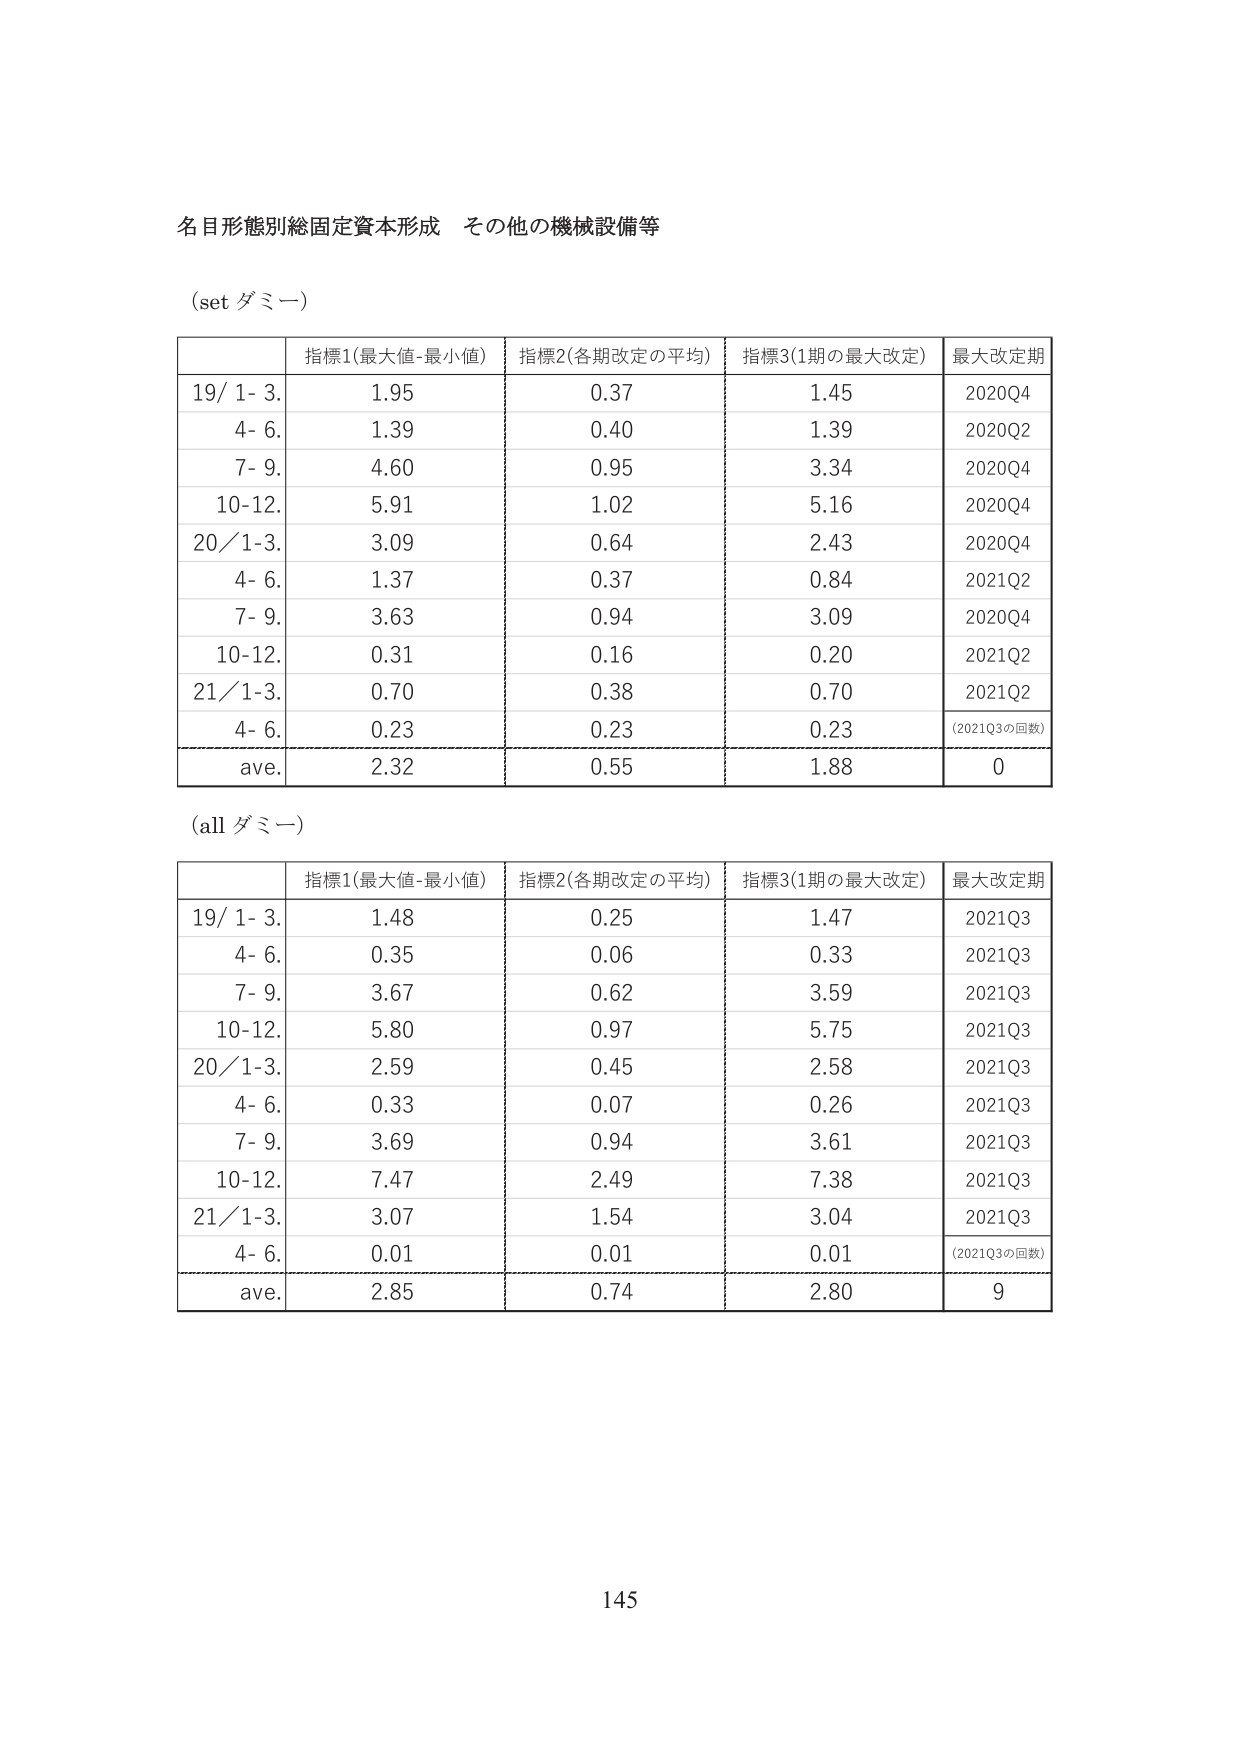
名目形態別総固定資本形成 その他の機械設備等

(set ダミー)

| | 指標1(最大値-最小値) | 指標2(各期改定の平均) | 指標3(1期の最大改定) | 最大改定期 |
|---|---|---|---|---|
| 19/ 1- 3. | 1.95 | 0.37 | 1.45 | 2020Q4 |
| 4- 6. | 1.39 | 0.40 | 1.39 | 2020Q2 |
| 7- 9. | 4.60 | 0.95 | 3.34 | 2020Q4 |
| 10-12. | 5.91 | 1.02 | 5.16 | 2020Q4 |
| 20/ 1-3. | 3.09 | 0.64 | 2.43 | 2020Q4 |
| 4- 6. | 1.37 | 0.37 | 0.84 | 2021Q2 |
| 7- 9. | 3.63 | 0.94 | 3.09 | 2020Q4 |
| 10-12. | 0.31 | 0.16 | 0.20 | 2021Q2 |
| 21/ 1-3. | 0.70 | 0.38 | 0.70 | 2021Q2 |
| 4- 6. | 0.23 | 0.23 | 0.23 | (2021Q3の回数) |
| ave. | 2.32 | 0.55 | 1.88 | 0 |

(all ダミー)

| | 指標1(最大値-最小値) | 指標2(各期改定の平均) | 指標3(1期の最大改定) | 最大改定期 |
|---|---|---|---|---|
| 19/ 1- 3. | 1.48 | 0.25 | 1.47 | 2021Q3 |
| 4- 6. | 0.35 | 0.06 | 0.33 | 2021Q3 |
| 7- 9. | 3.67 | 0.62 | 3.59 | 2021Q3 |
| 10-12. | 5.80 | 0.97 | 5.75 | 2021Q3 |
| 20/ 1-3. | 2.59 | 0.45 | 2.58 | 2021Q3 |
| 4- 6. | 0.33 | 0.07 | 0.26 | 2021Q3 |
| 7- 9. | 3.69 | 0.94 | 3.61 | 2021Q3 |
| 10-12. | 7.47 | 2.49 | 7.38 | 2021Q3 |
| 21/ 1-3. | 3.07 | 1.54 | 3.04 | 2021Q3 |
| 4- 6. | 0.01 | 0.01 | 0.01 | (2021Q3の回数) |
| ave. | 2.85 | 0.74 | 2.80 | 9 |

145